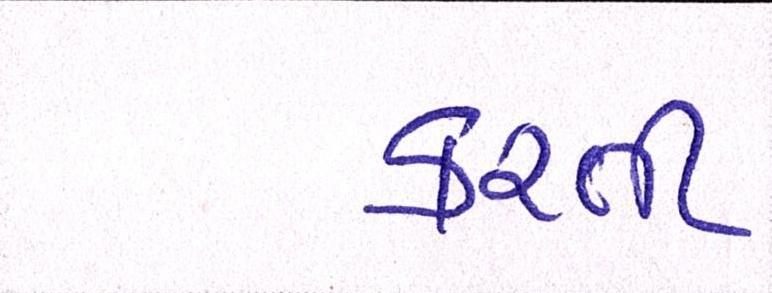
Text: કરતી